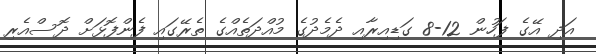
އަދި އޭގެ ފަހުން 12-8 ގަޑިއިރާއި ދެމެދުގެ މުއްދަތެއްގެ ތެރޭގައި ފެންފޮޅަށް ދޮސްއެރި